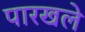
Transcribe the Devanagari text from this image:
पारखले